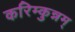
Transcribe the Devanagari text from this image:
करिम्कुन्नम्